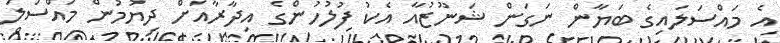
އެ މައްސަލައިގެ ބަޔާން ނަގަން ޝަނޫޒުއާ އެކު ފުލުހުންގެ އިދާރާއަށް ދިޔުމުން މައްސަލަ